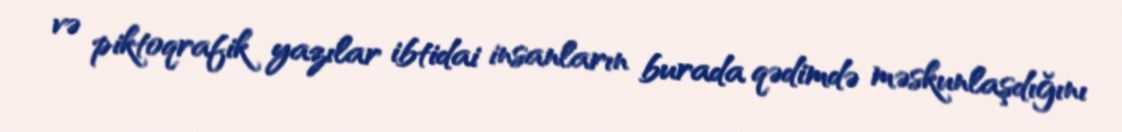
və piktoqrafik yazılar ibtidai insanların burada qədimdə məskunlaşdığını